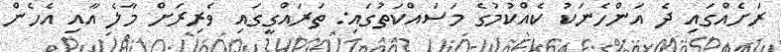
ރަށެއްގައި ދެ އަންހެނަކު ކެއްކުމުގެ މަސައްކަތުގައި: ތަރައްގީގައި ވެރިރަށް މާލެ އާއި އެހެން